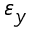
\varepsilon _ { y }